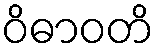
ဝိဓာဝတိ